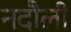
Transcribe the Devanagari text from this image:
नदौली